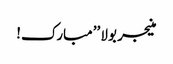
منیجر بولا ’’مبارک!